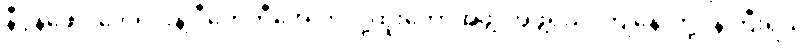
နီပွန်ဖေါင်ဒေးရှင်းနဲ့ ဒီကေဘီအေ ကလို့ထူးဘောအဖွဲ့၊ အဖွဲ့ရယ်၊ ကျနော်တို့ဝန်ကြီးရယ်